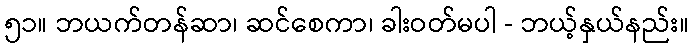
၅၁။ ဘယက်တန်ဆာ၊ ဆင်စေကာ၊ ခါးဝတ်မပါ - ဘယ့်နှယ်နည်း။